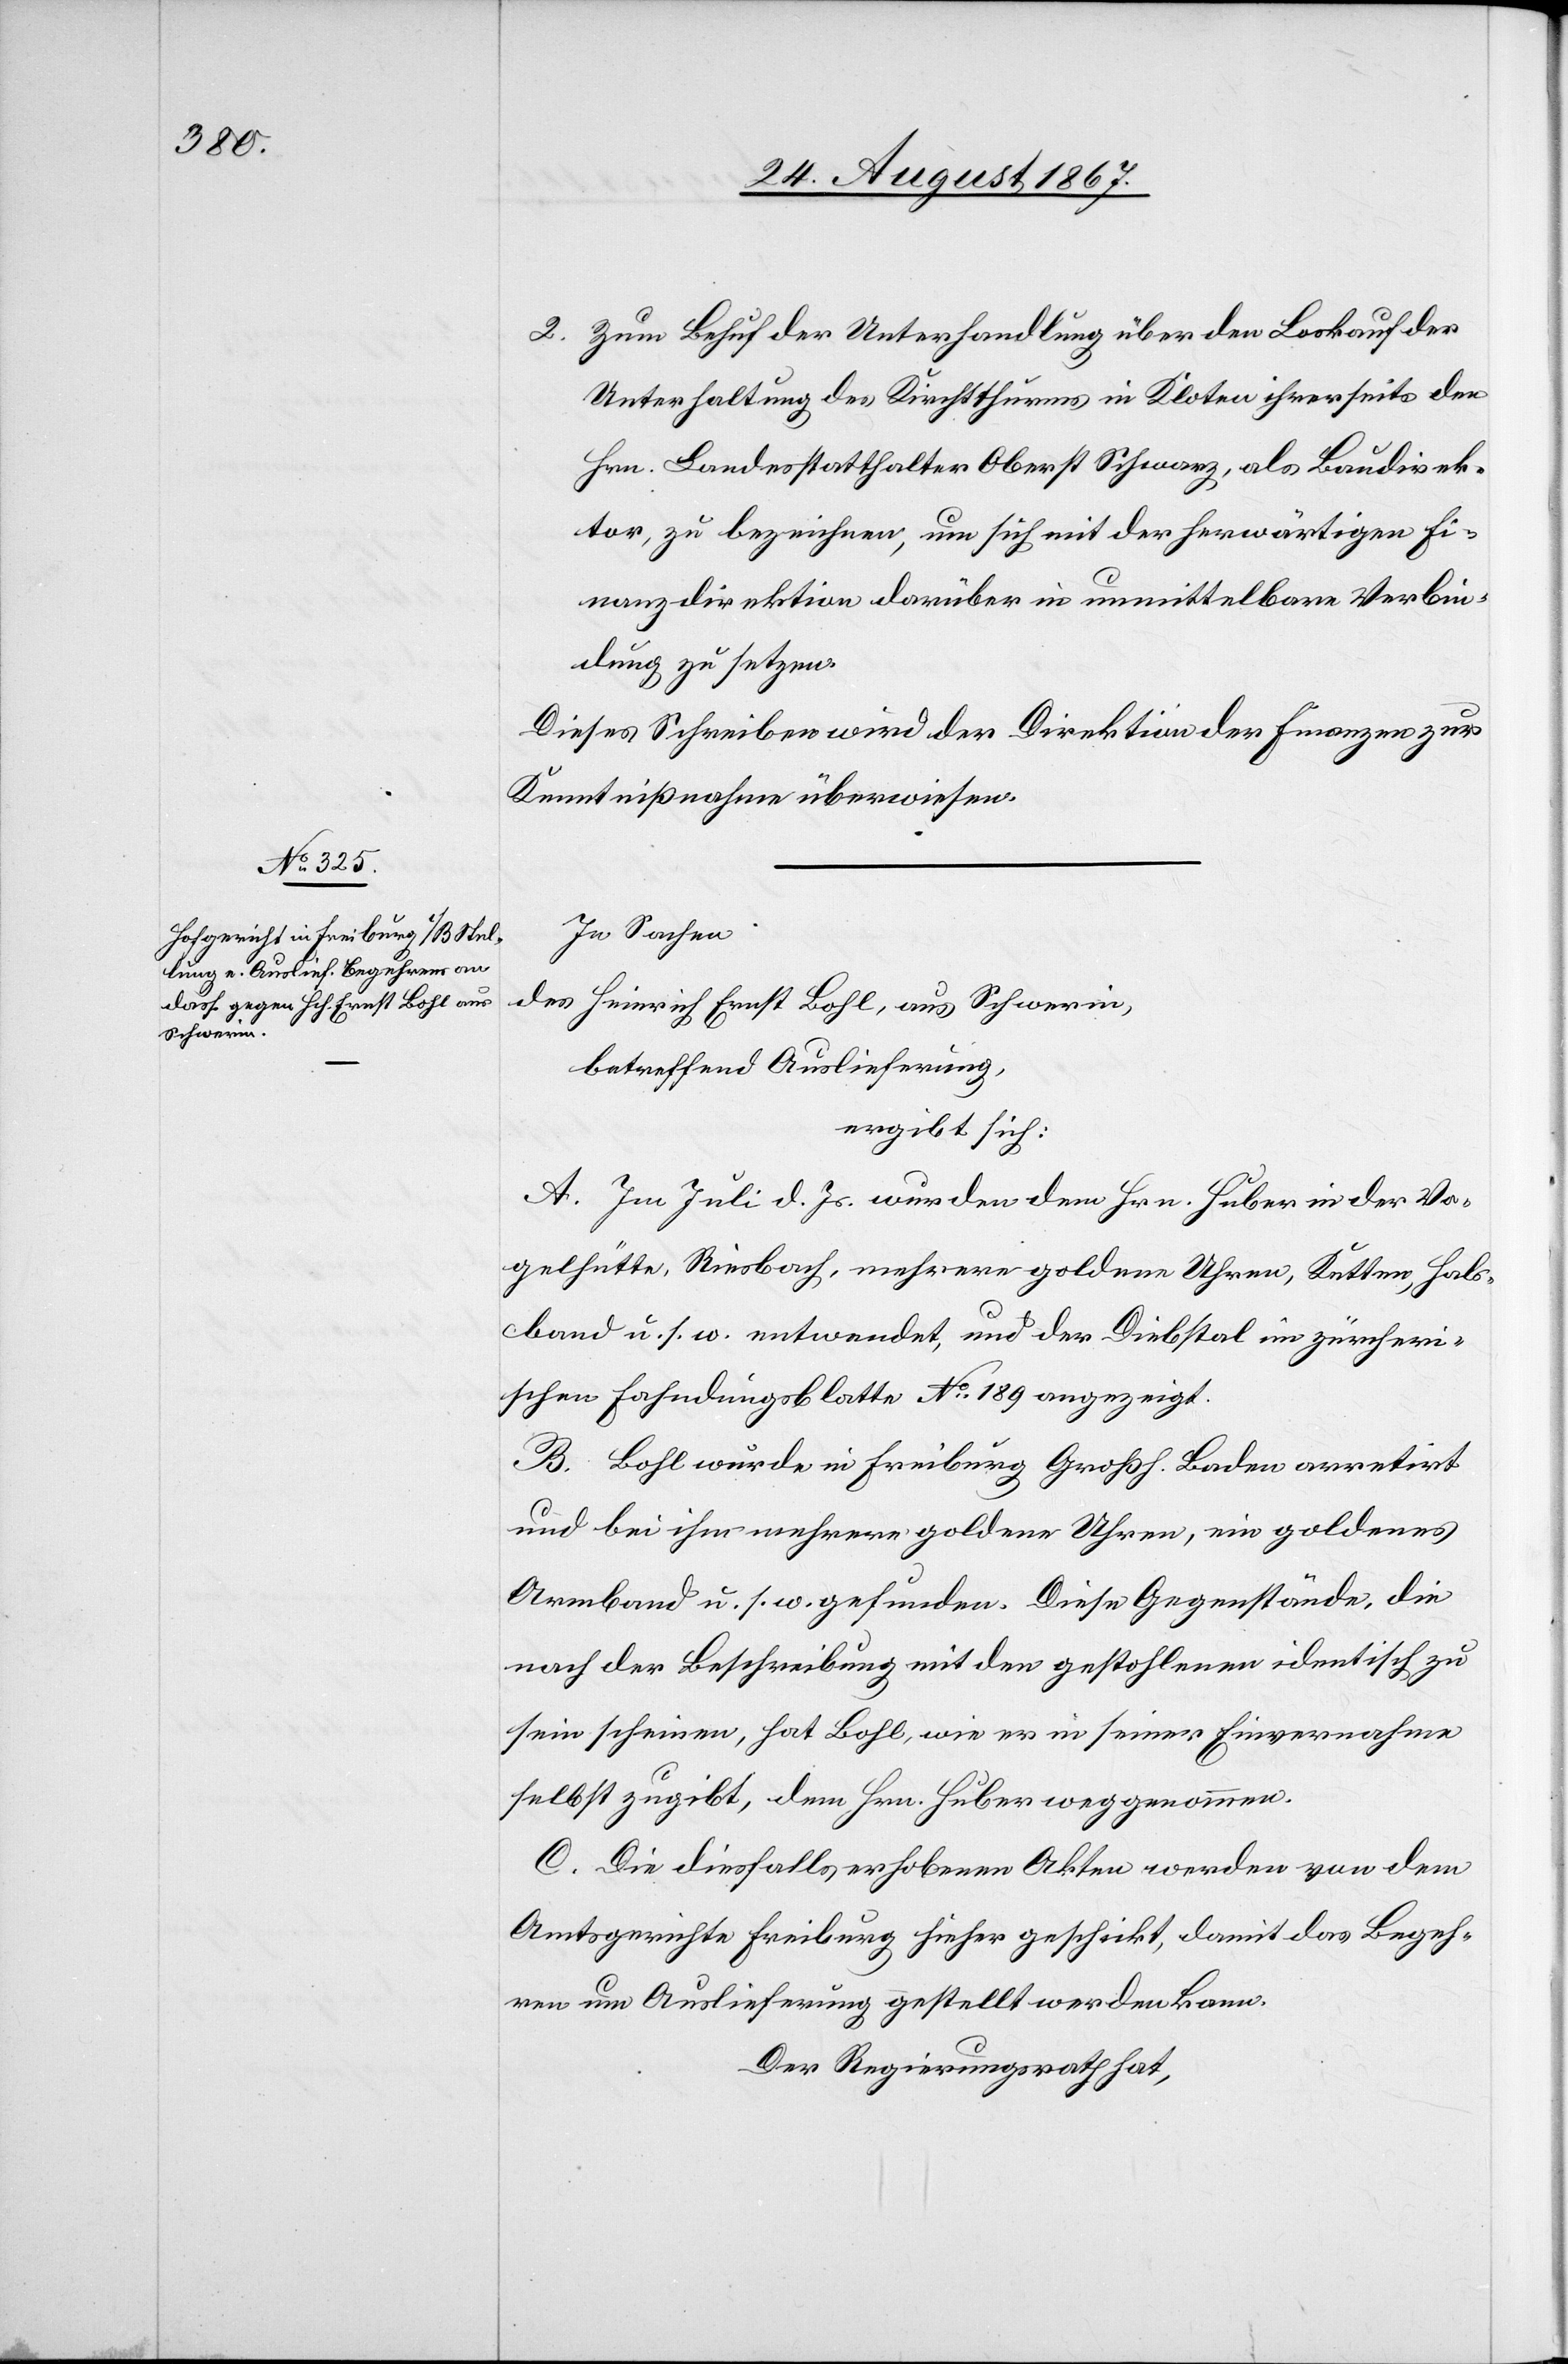
2. Zum Behuf der Unterhandlung über den Loskauf der
Unterhaltung des Kirchthurms in Kloten ihrerseits den
Hrn. Landesstatthalter Oberst Schwarz, als Baudirek¬
tor, zu bezeichnen, um sich mit der herwärtigen Fi¬
nanzdirektion darüber in unmittelbare Verbin¬
dung zu setzen.
Dieses Schreiben wird der Direktion der Finanzen zur
Kenntnißnahme überwiesen.
In Sachen
des Heinrich Ernst Bohl, aus Schwerin,
betreffend Auslieferung,
ergibt sich:
A. Im Juli d. Js. wurden dem Hrn. Huber in der Vo¬
gelhütte, Riesbach, mehrere goldene Uhren, Ketten, Hals¬
band u. s. w. entwendet, und der Diebstal im zürcheri¬
schen Fahndungsblatte No. 189 angezeigt.
B. Bohl wurde in Freiburg Großh. Baden arretirt
und die ihm mehrere goldene Uhren, ein goldenes
Armband u. s. w. gefunden. Diese Gegenstände, die
nach der Beschreibung mit den gestohlenen identisch zu
sein scheinen, hat Bohl, wie er in seiner Einvernahme
selbst zugibt, dem Hrn. Huber weggenommen.
C. Die diesfalls erhobenen Akten werden von dem
Amtsgerichte Freiburg hieher geschickt, damit das Begeh¬
ren um Auslieferung gestellt werden kann.
Der Regierungsrath hat,